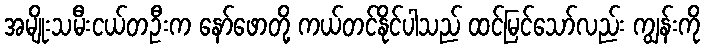
အမျိုးသမီးငယ်တဦးက နော်ဖောတို့ ကယ်တင်နိုင်ပါသည် ထင်မြင်သော်လည်း ကျွန်းကို